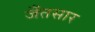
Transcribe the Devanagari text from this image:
जँतसार